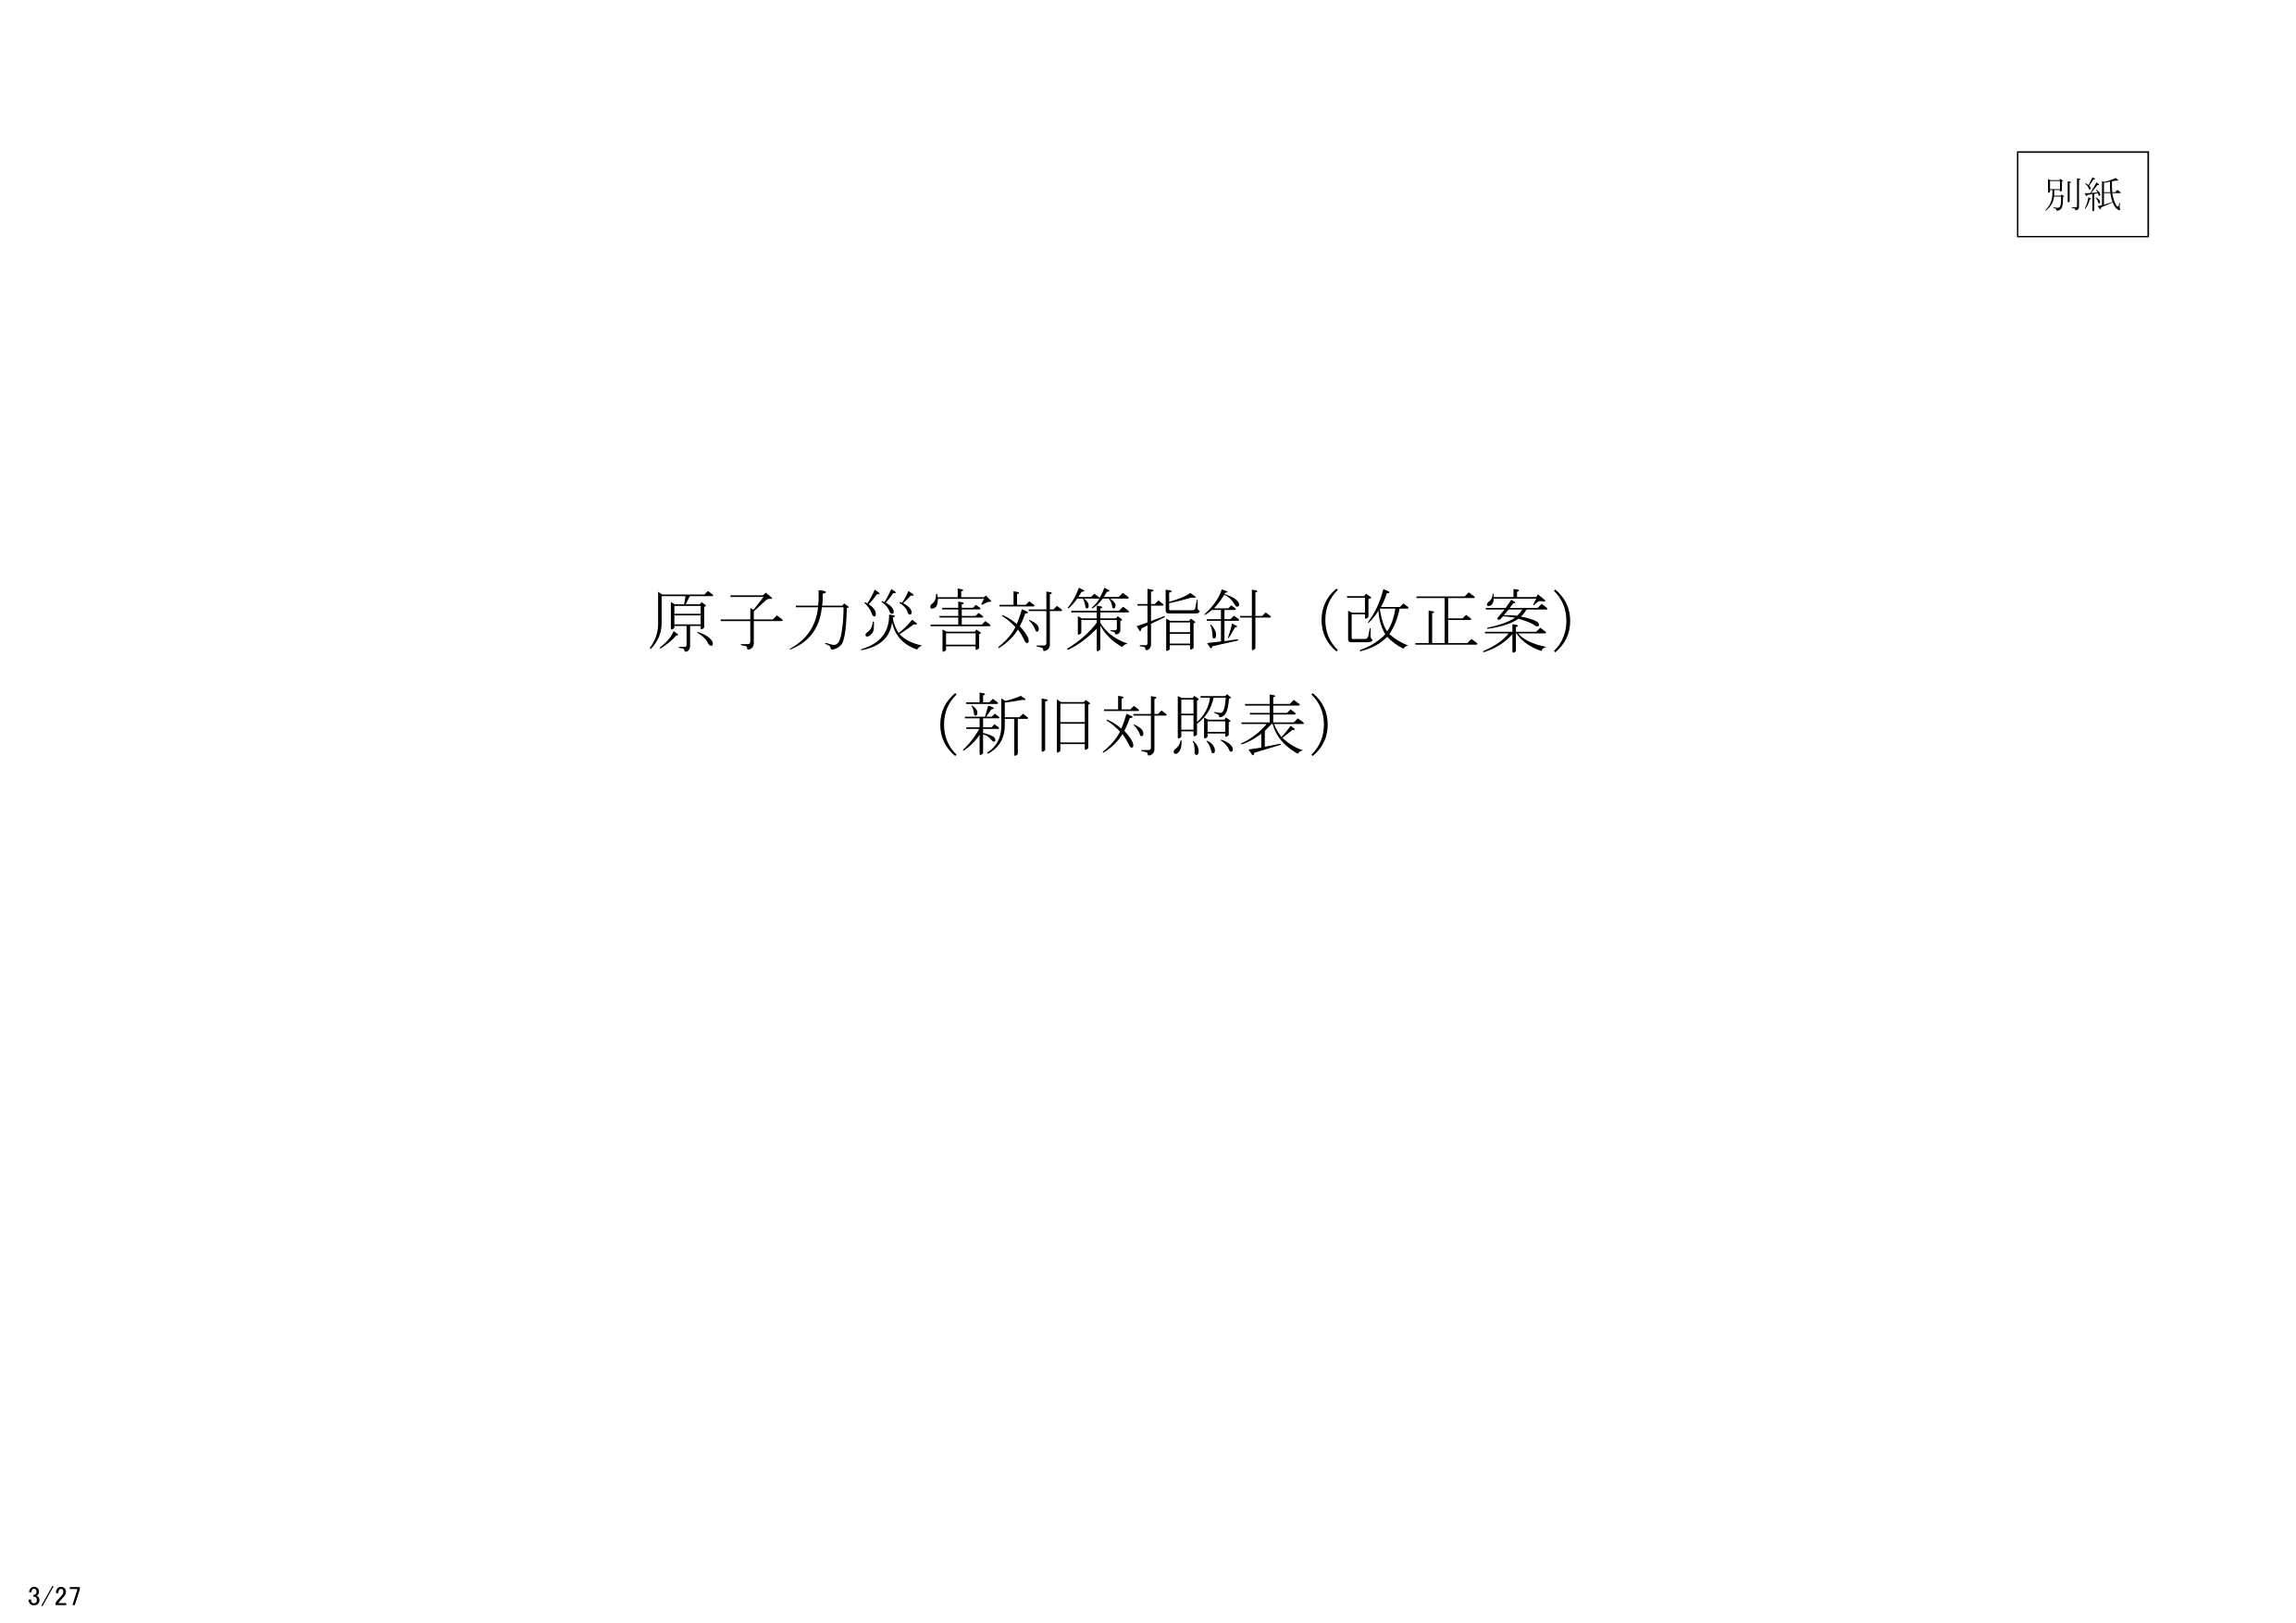
別紙
原子力災害対策指針（改正案）
（新旧対照表）
3/27